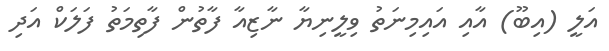
އަލީ (އިބޫ) އާއި އައިމިނަތު ވިލީނިޔާ ނާޒިއާ ފާތުން ފާތިމަތު ފަލަކް އަދި